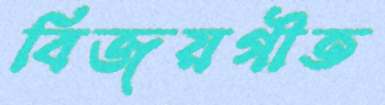
বিজয়গীত